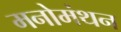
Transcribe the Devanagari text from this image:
मनोमंथन